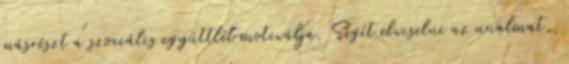
másrészt a szociális együttlét motiválja. Segít elviselni az unalmat,